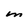
Character: M